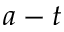
a - t